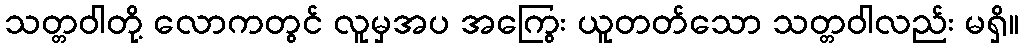
သတ္တဝါတို့ လောကတွင် လူမှအပ အကြွေး ယူတတ်သော သတ္တဝါလည်း မရှိ။